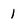
Character: 1